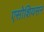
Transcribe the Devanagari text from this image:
एसोशियसन